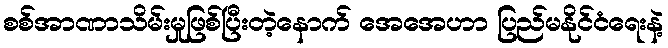
စစ်အာဏာသိမ်းမှုဖြစ်ပြီးတဲ့နောက် အေအေဟာ ပြည်မနိုင်ငံရေးနဲ့